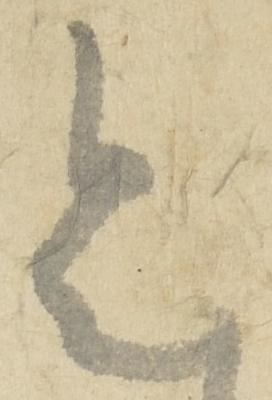
令